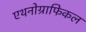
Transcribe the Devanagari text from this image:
एथनोग्राफिकल